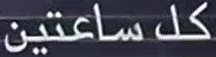
كل ساعتين